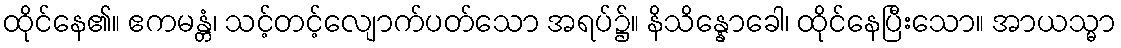
ထိုင်နေ၏။ ဧကမန္တံ၊ သင့်တင့်လျောက်ပတ်သော အရပ်၌။ နိသိန္နောခေါ၊ ထိုင်နေပြီးသော။ အာယသ္မာ